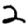
Digit: 2